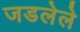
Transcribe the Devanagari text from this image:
जडलेले